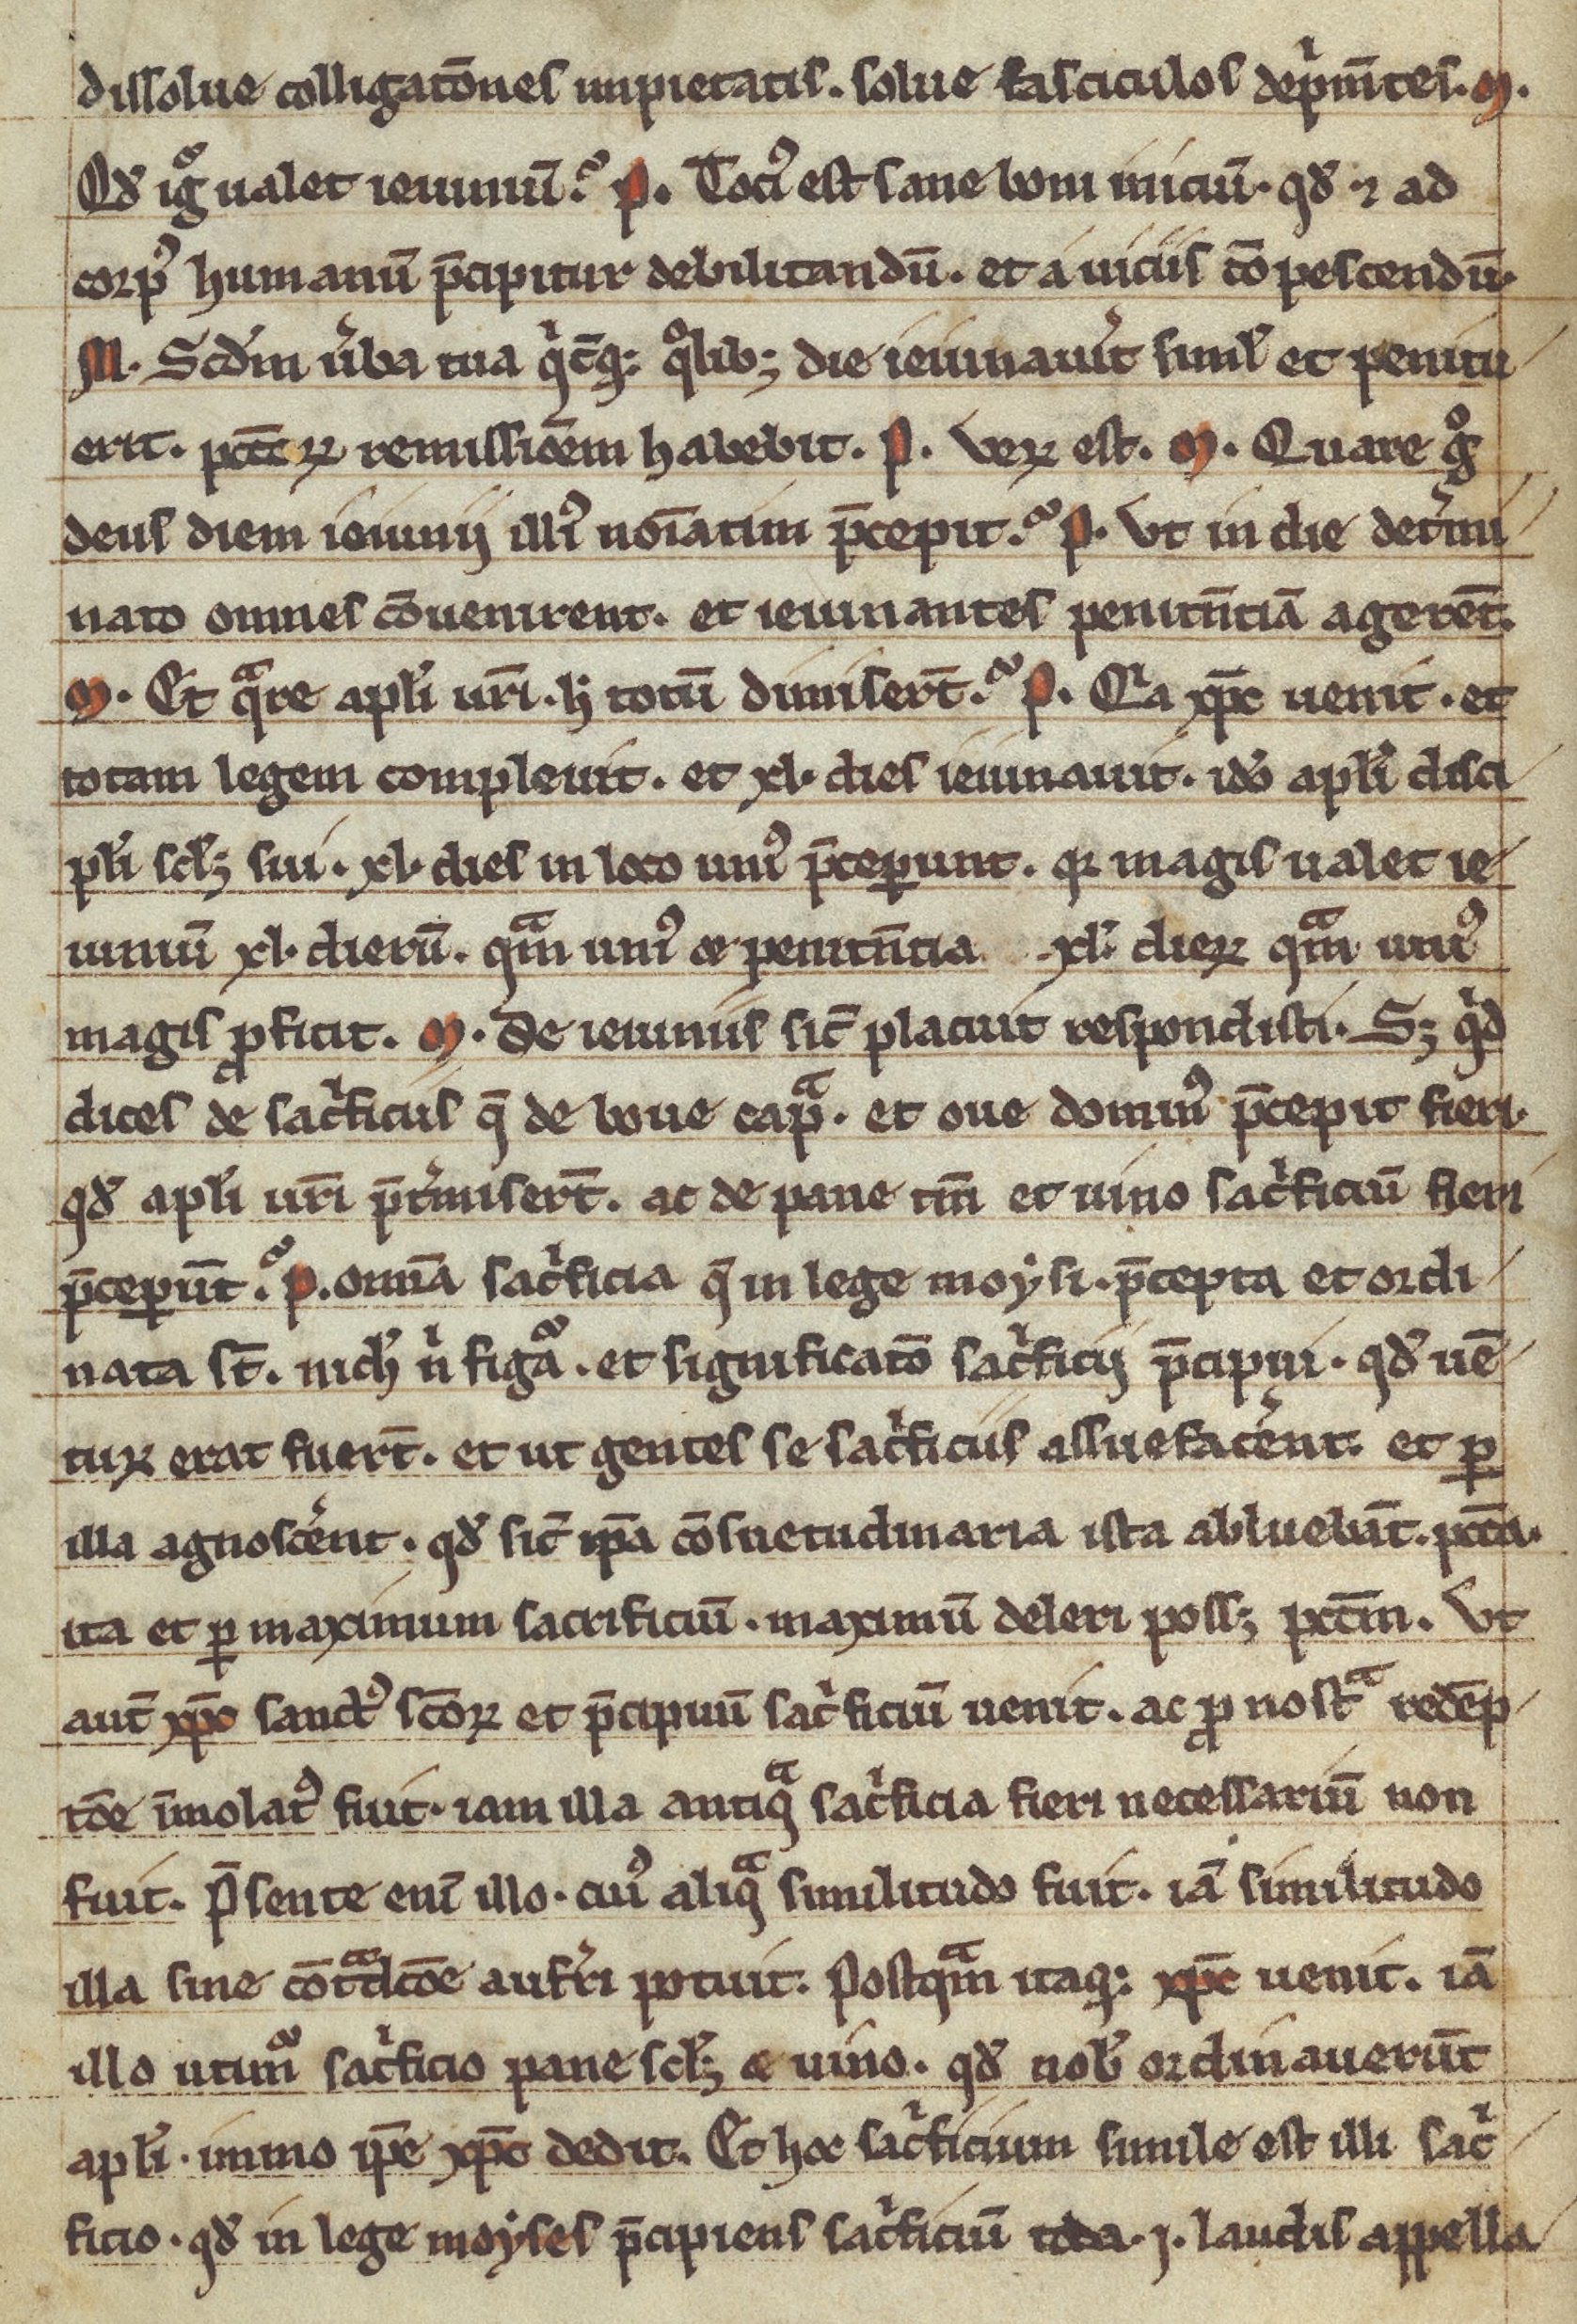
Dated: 1200–1299